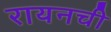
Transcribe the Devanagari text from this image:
रायनची